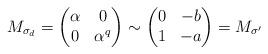
LaTeX: \begin{align*}M_{\sigma_d} = \begin{pmatrix}\alpha & 0 \\0 & \alpha^q\end{pmatrix}\sim\begin{pmatrix}0 & -b \\1 & -a\end{pmatrix} = M_{\sigma'}\end{align*}